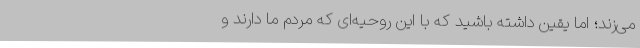
می‌زند؛ اما یقین داشته باشید که با این روحیه‌ای که مردم ما دارند و